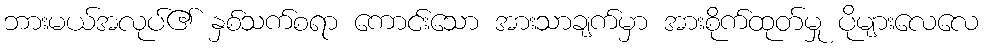
ဘားမယ်အလုပ်၏ နှစ်သက်စရာ ကောင်းသော အားသာချက်မှာ အားစိုက်ထုတ်မှု ပိုများလေလေ